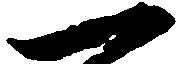
一